Report on vaccination in Madras 1877-1894 - 1877-1894
Year: 1877
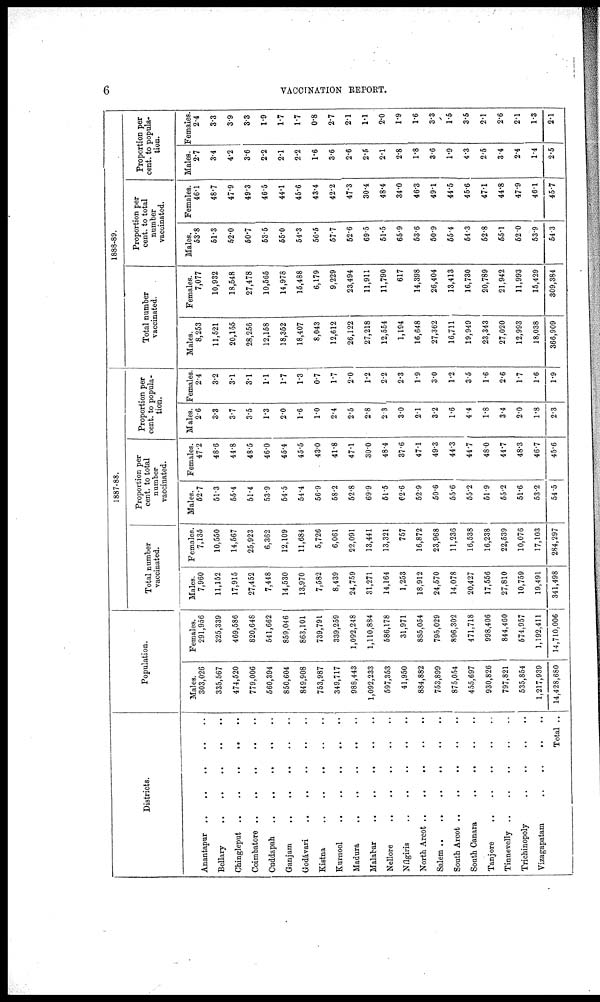
6
VACCINATION REPORT.
Districts.
Anantapur
..
..
..
..
..
Bellary
..
..
.. .. ..
Chingleput ..
..
..
..
..
Coimbatore .. .. .. .. ..
Cuddapah .. .. .. .. ..
Ganjam .. .. .. .. ..
Godávari .. .. .. .. ..
Kistna
..
..
..
..
..
Kurnool
..
..
..
..
..
Madura
..
..
.. .. ..
Malabar
..
..
..
..
..
Nellore
..
..
..
..
..
Nílgiris
..
..
..
..
..
North Arcot .. .. .. .. ..
Salem
..
..
..
..
..
..
South Arcot ..
..
.. .. ..
South Canara
..
..
..
..
Tanjore
..
..
..
..
..
Tinnevelly..
..
..
..
..
Trichinopoly
..
..
..
..
Vizagapatam
..
..
..
..
Total ..
Population.
Males.
303,026
335,567
474,520
779,006
560,394
850,604
849,908
753,987
349,717
988,443
1,092,233
597,353
41,950
884,882
753,899
875,054
455,697
930,826
797,821
535,854
1,217,939
14,428,680
Females.
291,956
325,339
469,586
820,648
541,662
859,046
863,101
739,791
339,259
1,092,248
1,110,884
586,178
31,971
885,054
795,029
896,302
471,718
998,406
844,460
574,957
1,192,411
14,710,006
1887-88.
Total number
vaccinated.
Males.
7,960
11,152
17,915
27,452
7,448
14,530
13,970
7,582
8,439
24,759
31,271
14,164
1,253
18,912
24,570
14,078
20,427
17,556
27,810
10,759
19,491
341,498
Females.
7,135
10,550
14,567
25,923
6,362
12,109
11,684
5,726
6,061
22,091
13,441
13,321
757
16,872
23,968
11,236
16,538
16,238
22,539
10,076
17,103
284,297
Proportion per
cent. to total
number
vaccinated.
Males.
52.7
51.3
55.4
51.4
53.9
54.5
54.4
56.9
58.2
52.8
69.9
51.5
62.6
52.9
50.6
55.6
55.2
51.9
55.2
51.6
53.2
54.5
Females.
47.2
48.6
44.8
48.5
46.0
45.4
45.5
43.0
41.8
47.1
30.0
48.4
37.6
47.1
49.3
44.3
44.7
48.0
44.7
48.3
46.7
45.6
Proportion per
cent. to popula-
tion.
Males.
2.6
3.3
3.7
3.5
1.3
2.0
1.6
1.0
2.4
2.5
2.8
2.3
3.0
2.1
3.2
1.6
4.4
1.8
3.4
2.0
1.8
2.3
Females.
2.4
3.2
3.1
3.1
1.1
1.7
1.3
0.7
1.7
2.0
1.2
2.2
2.3
1.9
3.0
1.2
3.5
1.6
2.6
1.7
1.6
1.9
1888-89.
Total number
vaccinated.
Males.
8,253
11,521
20,155
28,256
12,158
18,352
18,407
8,043
12,612
26,122
27,218
12,554
1,194
16,648
27,362
16,711
19,949
23,343
27,020
12,993
18,038
366,909
Females.
7,077
10,932
18,548
27,478
10,565
14,978
15,488
6,179
9,229
23,494
11,911
11,790
617
14,398
26,404
13,413
16,730
20,789
21,942
11,993
15,429
809,384
Proportion per
cent. to total
number
vaccinated.
Males.
53.8
51.3
52.0
50.7
53.5
55.0
54.3
56.5
57.7
52.6
69.5
51.5
65.9
53.6
50.9
55.4
54.3
52.8
55.1
52.0
53.9
54.3
Females.
46.1
48.7
47.9
49.3
46.5
44.1
45.6
43.4
42.2
47.3
30.4
48.4
34.0
46.3
49.1
44.5
45.6
47.1
44.8
47.9
46.1
45.7
Proportion per
cent. to popula-
tion.
Males.
2.7
3.4
4.2
3.6
2.2
2.1
2.2
1.6
3.6
2.6
2.5
2.1
2.8
1.8
3.6
1.9
4.3
2.5
3.4
2.4
1.4
2.6
Females.
2.4
3.3
3.9
3.3
1.9
1.7
1.7
0.8
2.7
2.1
1.1
2.0
1.9
1.6
3.3
1.5
3.5
2.1
2.6
2.1
1.3
2.1